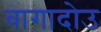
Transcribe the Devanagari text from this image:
वागादोउ